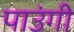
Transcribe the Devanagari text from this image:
पाउंगी